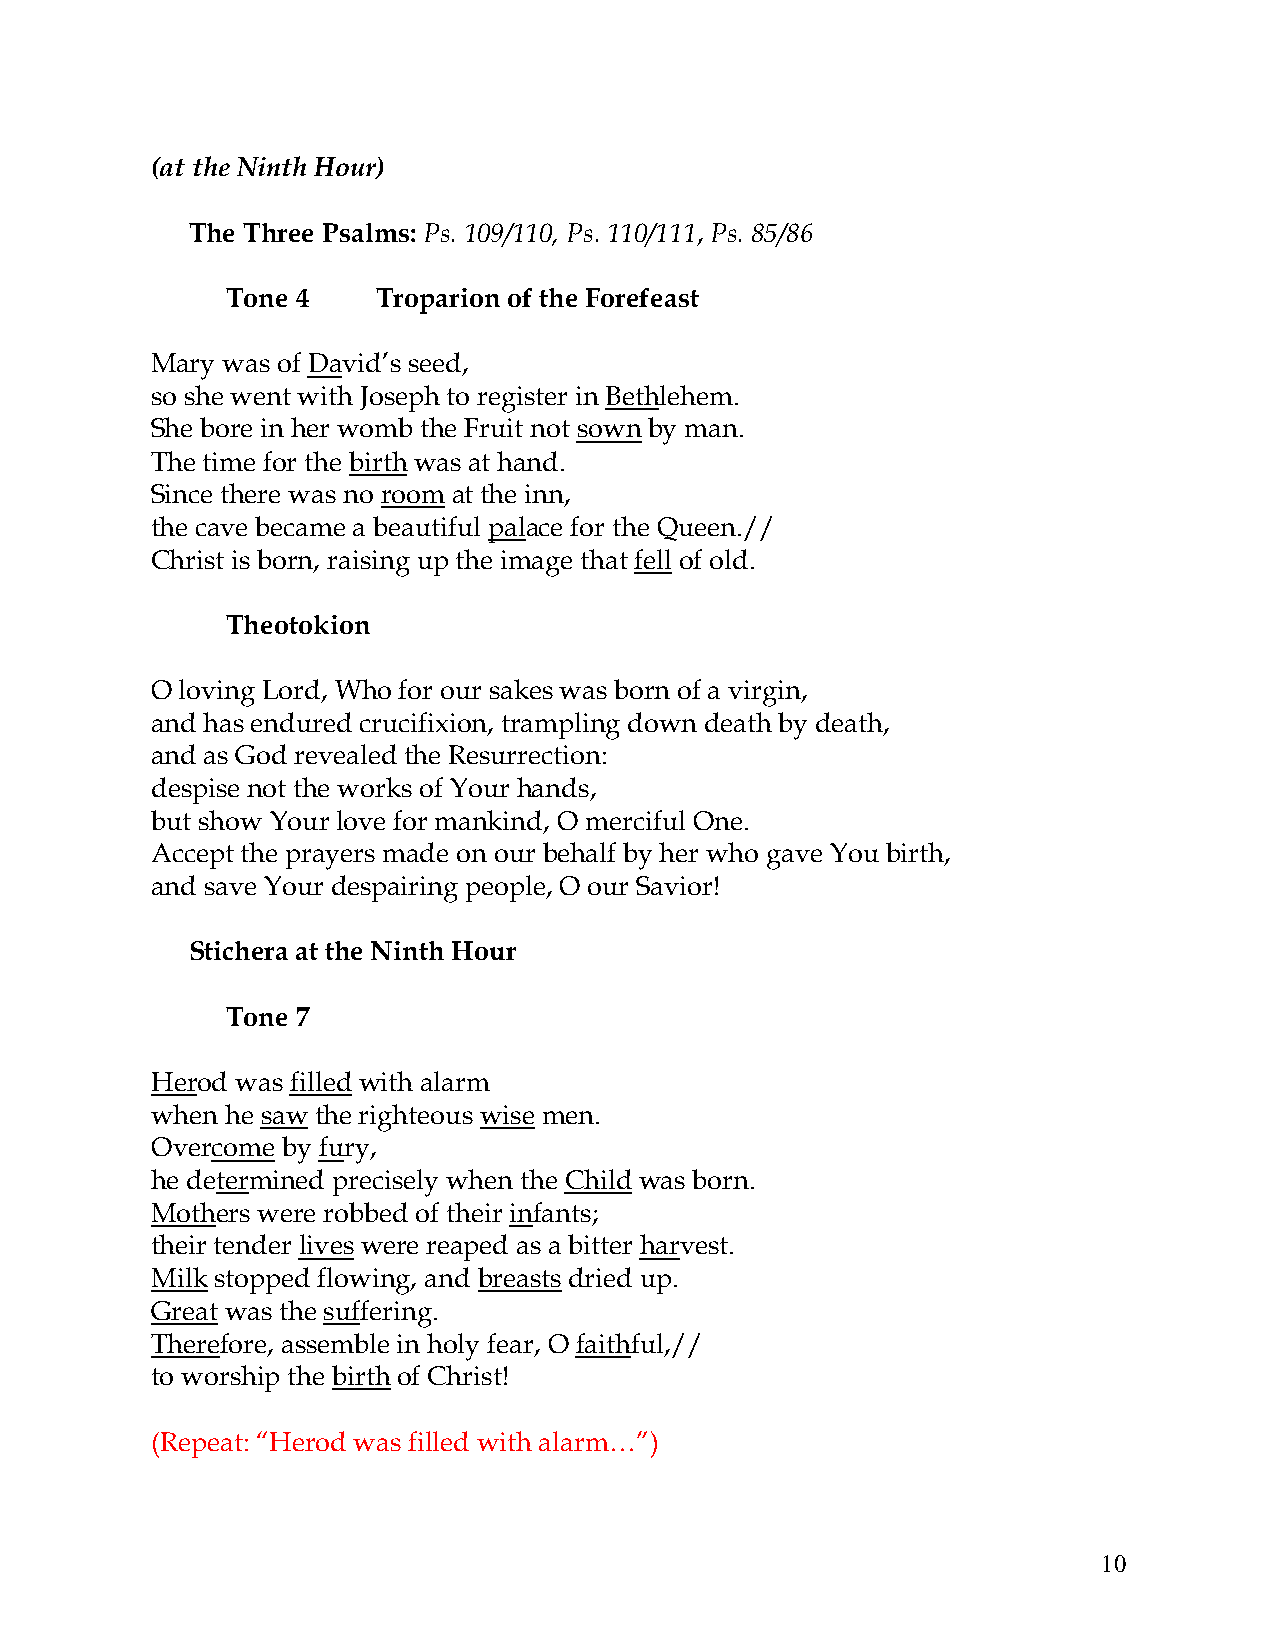
(at the Ninth Hour)
 The Three Psalms: Ps. 109/110, Ps. 110/111, Ps. 85/86
 Tone 4    Troparion of the Forefeast
 Mary was of David’s seed,
 so she went with Joseph to register in Bethlehem.
 She bore in her womb the Fruit not sown by man.
 The time for the birth was at hand.
 Since there was no room at the inn,
 the cave became a beautiful palace for the Queen.//
 Christ is born, raising up the image that fell of old.
 Theotokion
 O loving Lord, Who for our sakes was born of a virgin,
 and has endured crucifixion, trampling down death by death,
 and as God revealed the Resurrection:
 despise not the works of Your hands,
 but show Your love for mankind, O merciful One.
 Accept the prayers made on our behalf by her who gave You birth,
 and save Your despairing people, O our Savior!
 Stichera at the Ninth Hour
 Tone 7
 Herod was filled with alarm
 when he saw the righteous wise men.
 Overcome by fury,
 he determined precisely when the Child was born.
 Mothers were robbed of their infants;
 their tender lives were reaped as a bitter harvest.
 Milk stopped flowing, and breasts dried up.
 Great was the suffering.
 Therefore, assemble in holy fear, O faithful,//
 to worship the birth of Christ!
 (Repeat: “Herod was filled with alarm…”)
 10